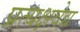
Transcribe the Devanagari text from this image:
प्रत्यक्षवेद्य